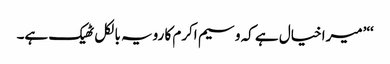
‘‘’میرا خیال ہے کہ وسیم اکرم کا رویہ بالکل ٹھیک ہے۔